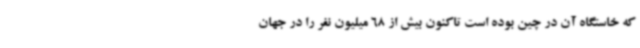
که خاستگاه آن در چین بوده است تاکنون بیش از 68 میلیون نفر را در جهان